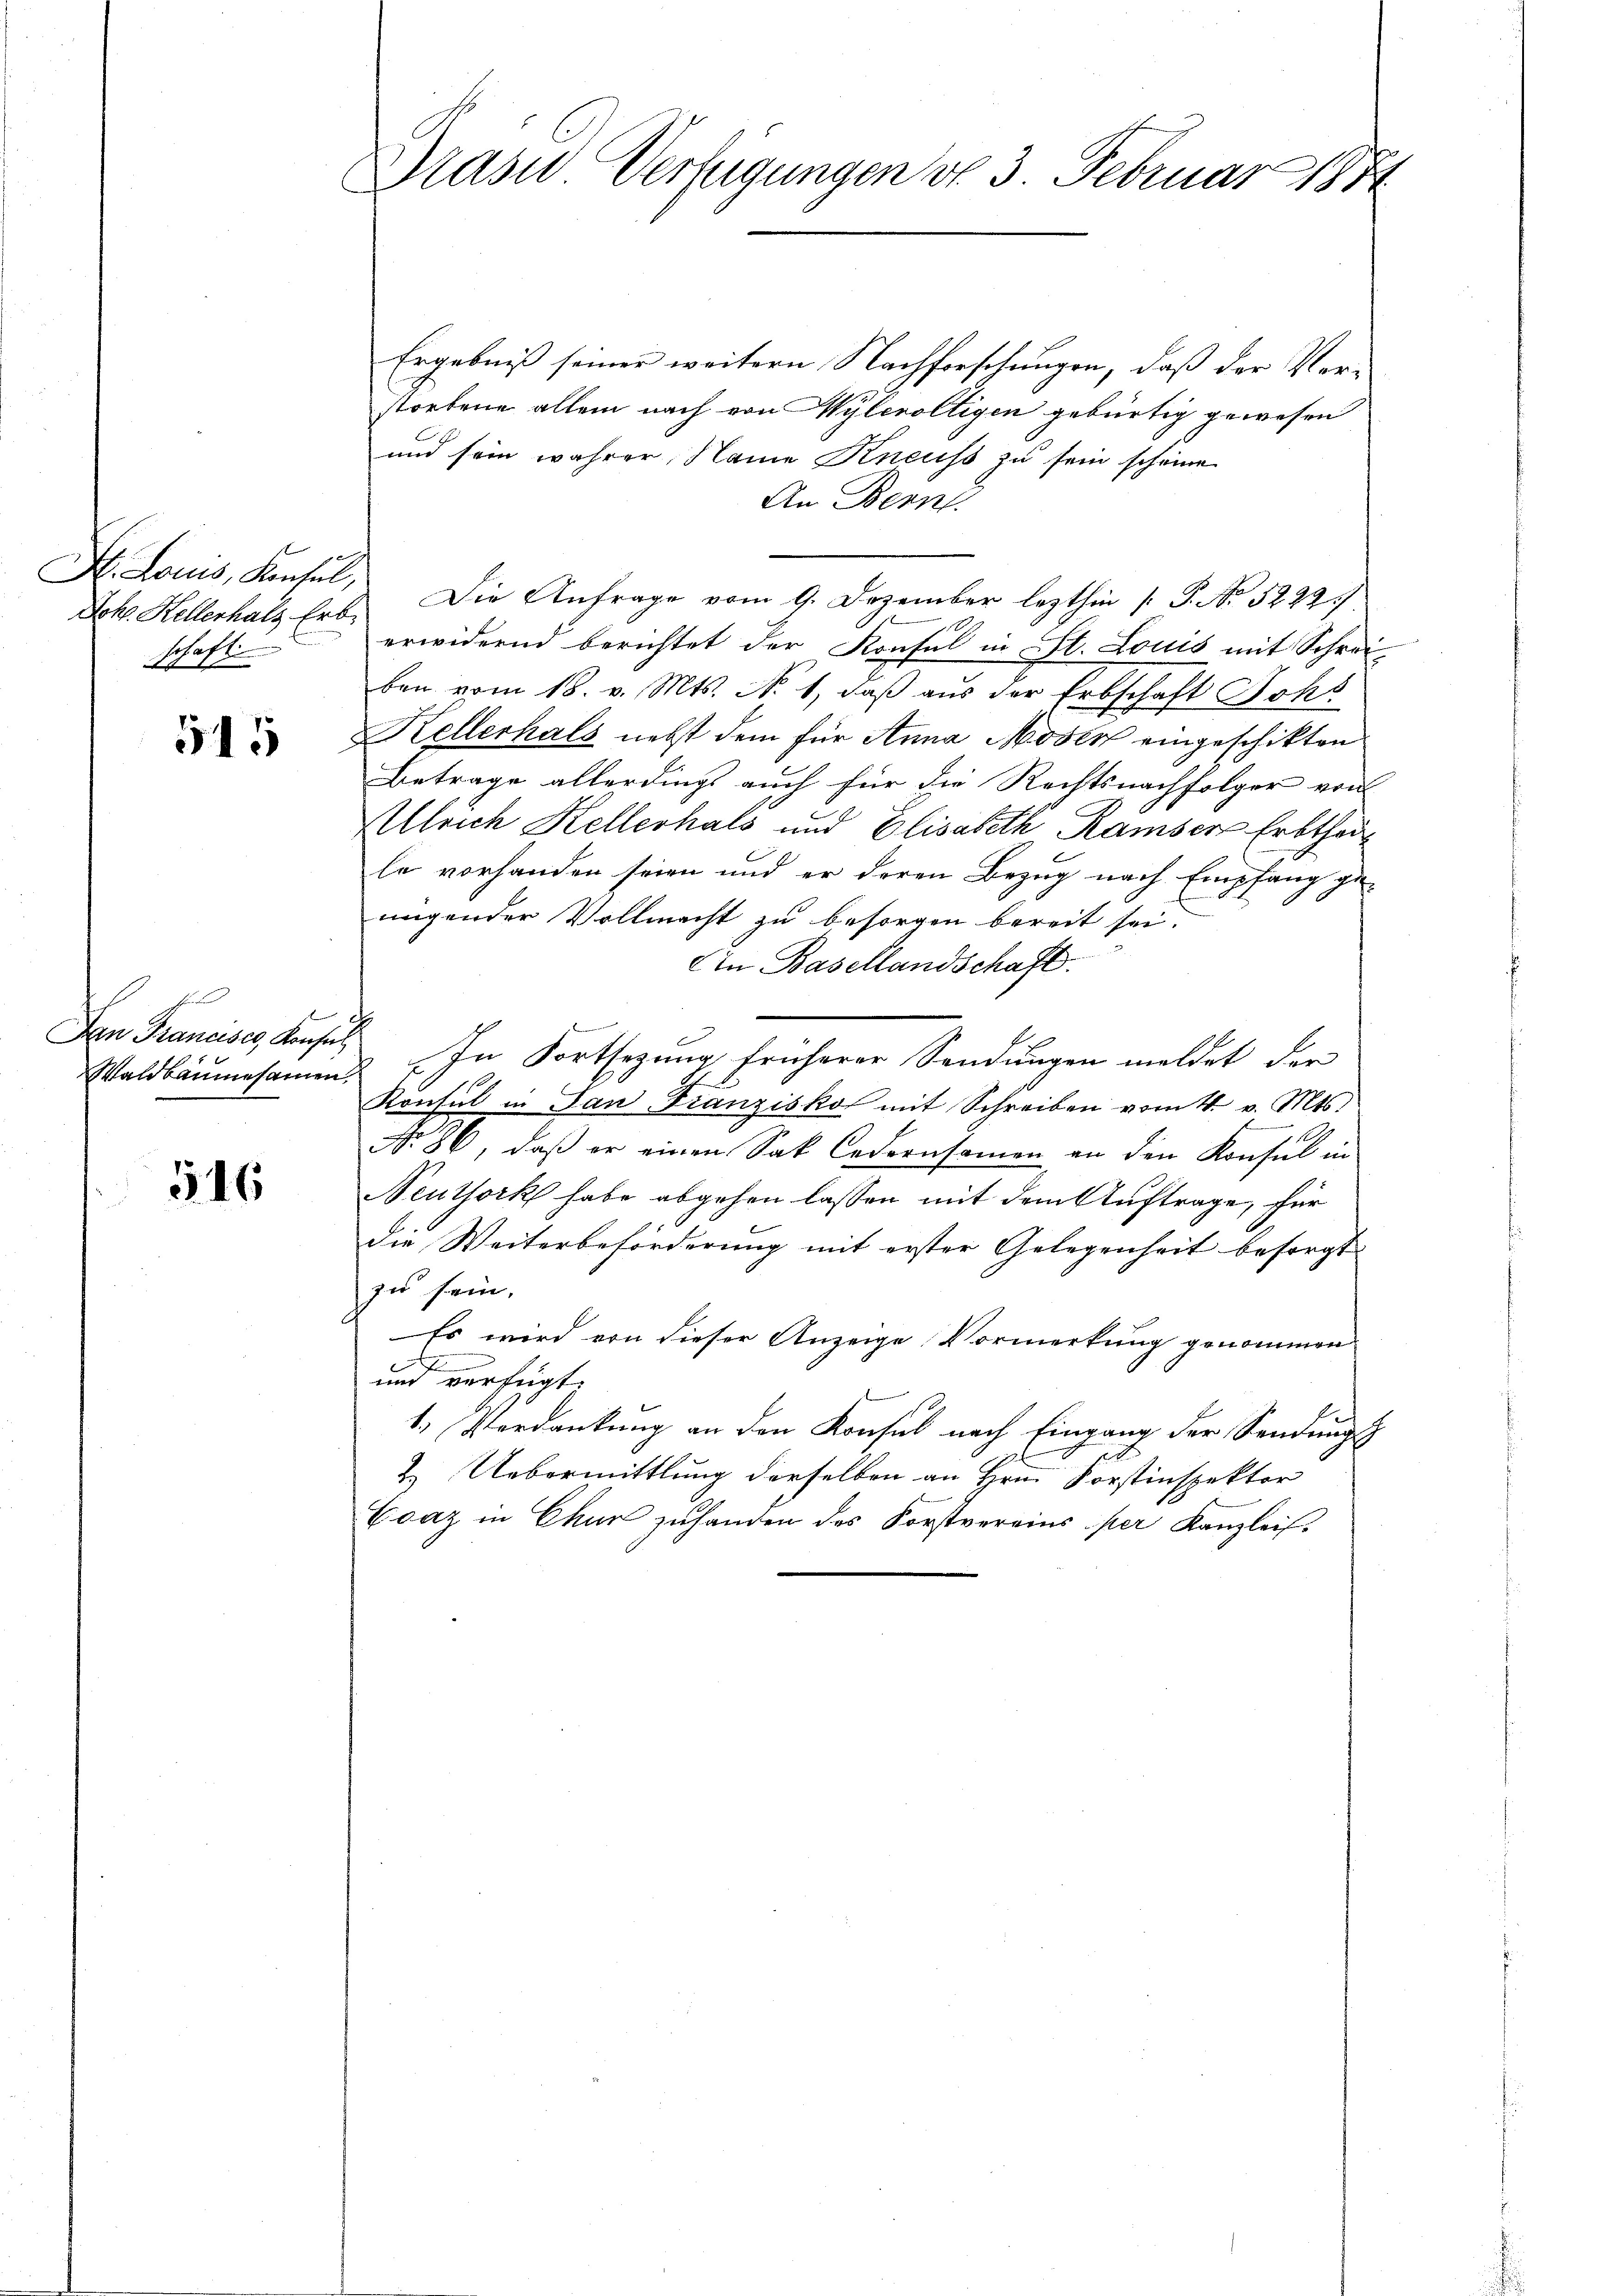
Joh. Kellerhals Erb-
schaft

515

k
Dan Francises Konsul

516

Drase Verfügungen v. 3. Februar 1874

Ergebniß seiner weitern Nachforschungen, daß der Verstorbene allein nach von Wyleroltigen gebürtig gewesen
und sein wahrer, Name Kneuss zu sein scheine
An Bern.
H. Louis, Konsul, Die Anfrage vom 9. Dezember lezthin P. P. Nr. 52227.
erwidernd berichtet der Konsul in St. Louis mit Schreiben vom 18. v. Mts. No 1, daß aus der Erbschaft Johs
Kellerhals nebst dem für Anna Moser eingeschikten
Betrage allerdings auch für die Rechtsnachfolger von
Ulrich Kellerhals und Elisabeth Ramser Erbthei
le vorhanden seien und er deren Bezug nach Empfang ge-
nügender Vollmacht zu besorgen bereit sei.
Ain Basellandschaft.
Waldbäŭmesamins „In Fortsetzŭng früherer Sendŭngen meldet der
E
Konsul in San Franziskot mit Schreiben vom 4. v. Mts.
No 86, daß er einen Sak Cedernsamen an den Konsul in
Neuthork habe abgehen lassen mit dem Auftrage, für
die Weiterbeförderung mit erster Gelegenheit besorgt
zu sein.
Es wird von dieser Anzeige Vormerkung genommen
und verfügt:
1.) Verdankung an den Konsul nach Eingang der Sendungs
2. Uebermittlung derselben an Hrn. Forstinspektor
Ecaz in Chur zuhanden des Forstvereins per Kanzleis